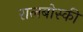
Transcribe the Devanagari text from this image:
रालबोस्की